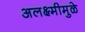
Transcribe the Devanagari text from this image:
अलक्ष्मीमुळे